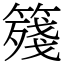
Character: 䉔